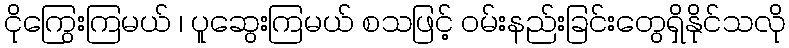
ငိုကြွေးကြမယ် ၊ ပူဆွေးကြမယ် စသဖြင့် ဝမ်းနည်းခြင်းတွေရှိနိုင်သလို